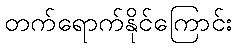
တက်ရောက်နိုင်ကြောင်း